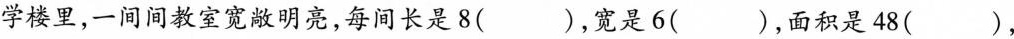
学楼里，一间间教室宽敞明亮，每间长是8( )，宽是6( )，面积是48( )，